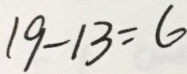
1 9 - 1 3 = 6